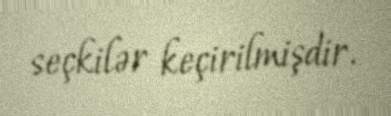
seçkilər keçirilmişdir.